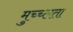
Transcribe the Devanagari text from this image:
मुच्च्लता